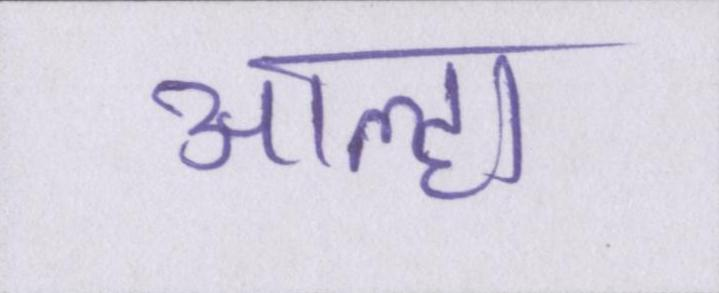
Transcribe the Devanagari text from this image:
आल्हा